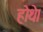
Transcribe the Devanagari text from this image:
होथे।